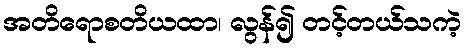
အတိရောစတိယထာ၊ လွန်၍ တင့်တယ်သကဲ့